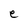
Character: e